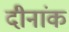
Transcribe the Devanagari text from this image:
दीनांक